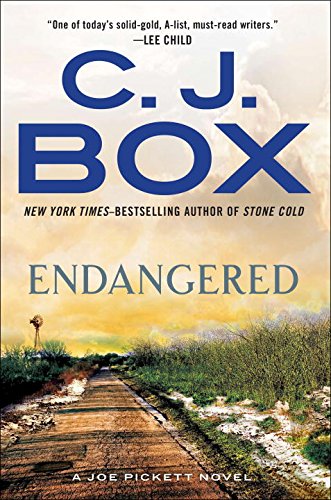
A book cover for Endangered (A Joe Pickett Novel); C. J. Box; Mystery, Thriller & Suspense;